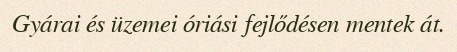
Gyárai és üzemei óriási fejlődésen mentek át.